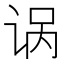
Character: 𫍩